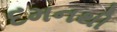
દમનથી